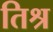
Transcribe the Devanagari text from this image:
तिश्र